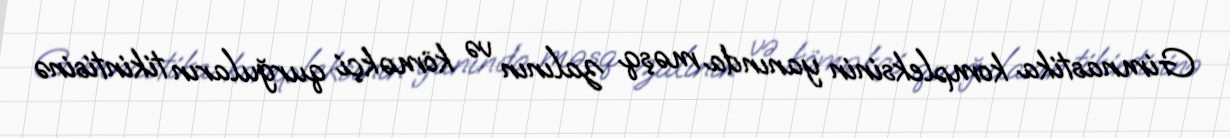
Gimnastika kompleksinin yanında məşq zalının və köməkçi qurğuların tikintisinə